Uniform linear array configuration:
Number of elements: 12
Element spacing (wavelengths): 0.5
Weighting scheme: cosine
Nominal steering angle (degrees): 30
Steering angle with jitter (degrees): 30.109
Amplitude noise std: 0.05
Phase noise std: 0.05

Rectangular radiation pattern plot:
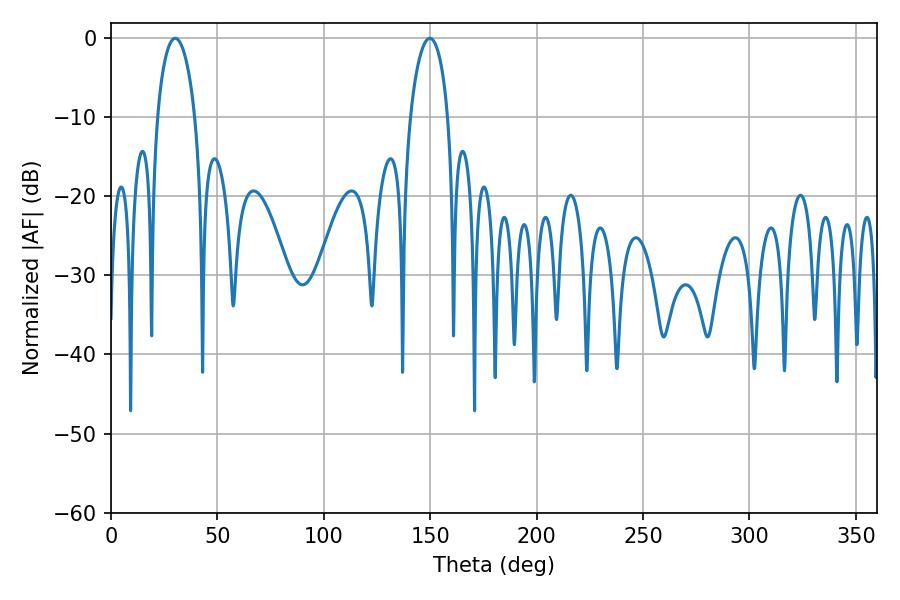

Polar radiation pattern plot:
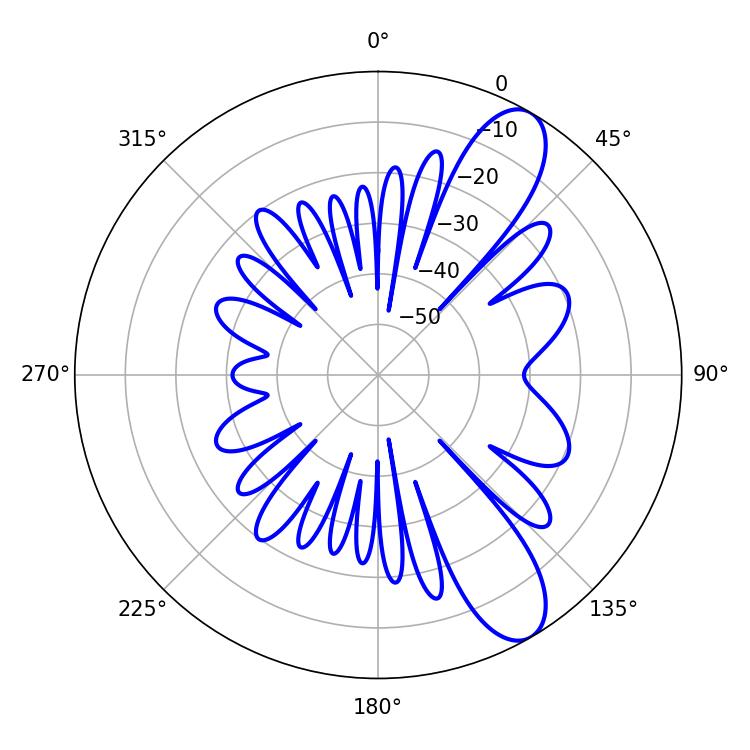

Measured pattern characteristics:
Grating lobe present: FALSE
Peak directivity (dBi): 10.113
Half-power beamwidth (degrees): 10.26
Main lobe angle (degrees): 30.24